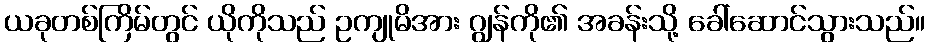
ယခုတစ်ကြိမ်တွင် ယိုကိုသည် ဥကျုမိအား ဂျွန်ကို၏ အခန်းသို့ ခေါ်ဆောင်သွားသည်။